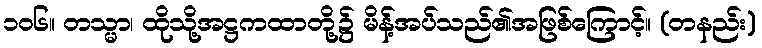
၁၀၆။ တသ္မာ၊ ထိုသို့အဋ္ဌကထာတို့၌ မိန့်အပ်သည်၏အဖြစ်ကြောင့်။ (တနည်း)